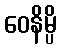
ဝေနိမ္ပိ